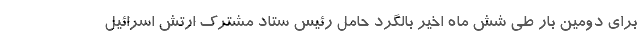
برای دومین بار طی شش ماه اخیر بالگرد حامل رئیس ستاد مشترک ارتش اسرائیل